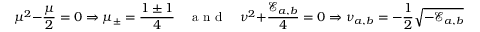
\mu ^ { 2 } - \frac { \mu } { 2 } = 0 \Rightarrow \mu _ { \pm } = \frac { 1 \pm 1 } { 4 } \quad \mathrm { ~ a ~ n ~ d ~ } \quad \nu ^ { 2 } + \frac { \mathcal { E } _ { a , b } } { 4 } = 0 \Rightarrow \nu _ { a , b } = - \frac { 1 } { 2 } \sqrt { - \mathcal { E } _ { a , b } } \; ,